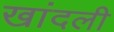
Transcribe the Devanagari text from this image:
खांदली